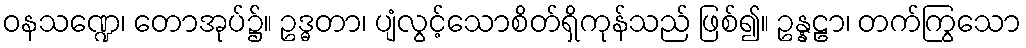
ဝနသဏ္ဍေ၊ တောအုပ်၌။ ဥဒ္ဓတာ၊ ပျံလွင့်သောစိတ်ရှိကုန်သည် ဖြစ်၍။ ဥန္နဠာ၊ တက်ကြွသော